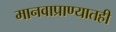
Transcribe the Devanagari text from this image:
मानवाप्राण्यातही